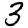
Digit: 3